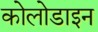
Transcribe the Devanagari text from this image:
कोलोडाइन